Alma_Vaarman, lk 5
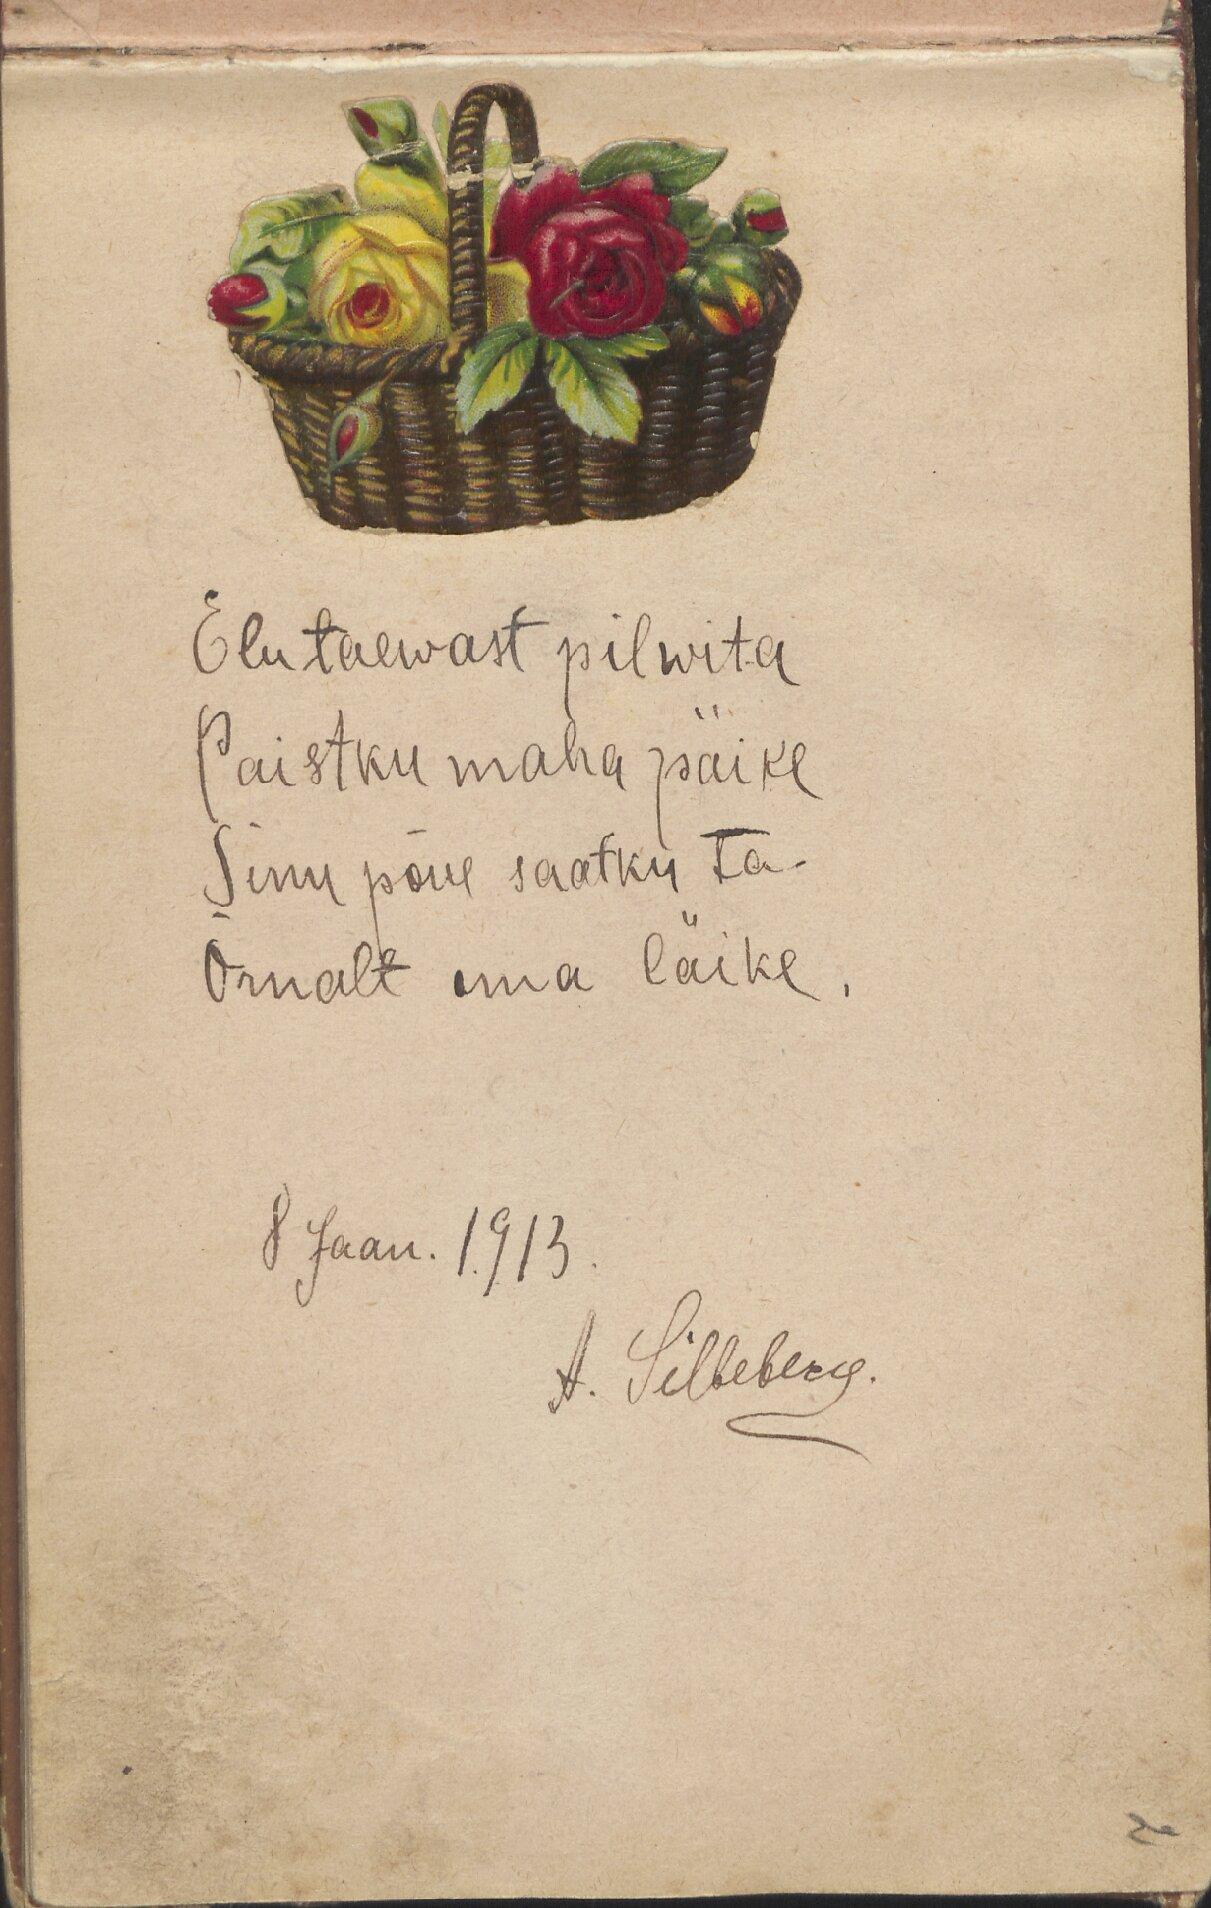
Elutaewast pilwita
Paistku maha päike
Sinu põue saatku ta-
Õrnalt oma läike.

8 Jaan. 1913
A. Silbeberg.